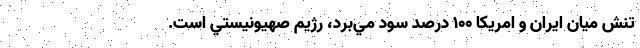
تنش ميان ايران و امريكا 100 درصد سود مي‌برد، رژيم صهيونيستي است.